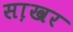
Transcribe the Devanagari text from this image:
सा़खर